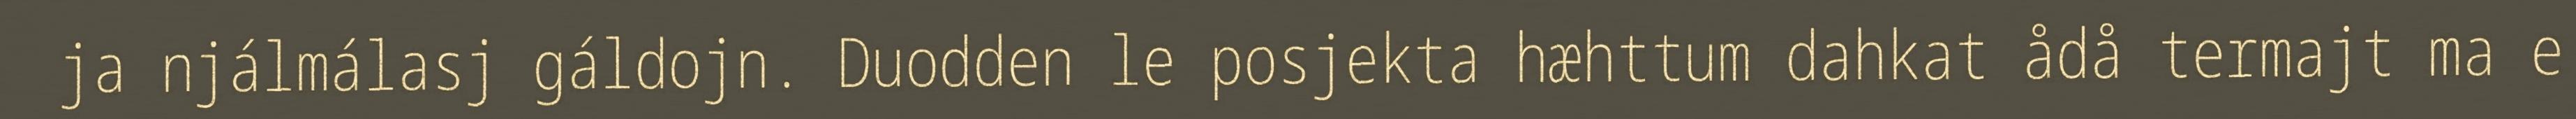
ja njálmálasj gáldojn. Duodden le posjekta hæhttum dahkat ådå termajt ma e